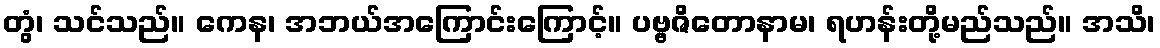
တွံ၊ သင်သည်။ ကေန၊ အဘယ်အကြောင်းကြောင့်။ ပဗ္ဗဇိတောနာမ၊ ရဟန်းတို့မည်သည်။ အသိ၊